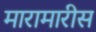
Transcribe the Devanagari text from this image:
मारामारीस